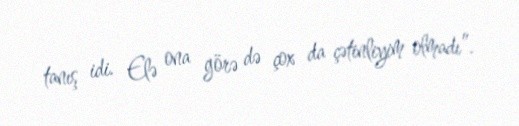
tanış idi. Elə ona görə də çox da çətinliyim olmadı”.